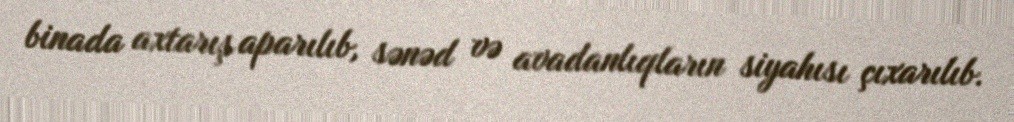
binada axtarış aparılıb, sənəd və avadanlıqların siyahısı çıxarılıb.